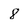
Character: 8